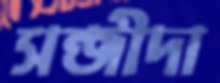
সন্জীদা